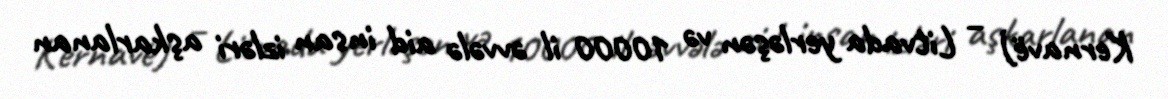
Kernavë) – Litvada yerləşən və 10000 il əvvələ aid insan izləri aşkarlanan